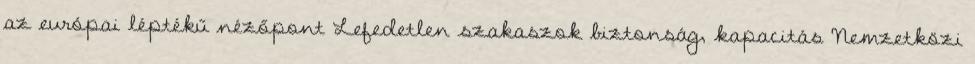
az európai léptékű nézőpont Lefedetlen szakaszok biztonság, kapacitás Nemzetközi